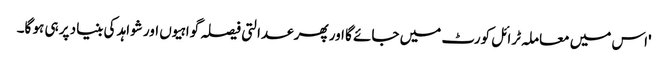
'اس میں معاملہ ٹرائل کورٹ میں جائے گا اور پھر عدالتی فیصلہ گواہیوں اور شواہد کی بنیاد پر ہی ہو گا۔